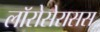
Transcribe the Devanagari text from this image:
लॉरोसेरासस